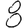
Digit: 8